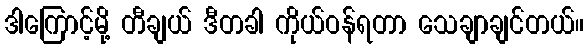
ဒါကြောင့်မို့ တီချယ် ဒီတခါ ကိုယ်ဝန်ရတာ သေချာချင်တယ်။